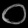
Digit: ၀